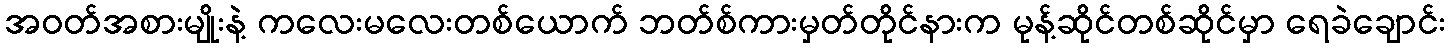
အဝတ်အစားမျိုးနဲ့ ကလေးမလေးတစ်ယောက် ဘတ်စ်ကားမှတ်တိုင်နားက မုန့်ဆိုင်တစ်ဆိုင်မှာ ရေခဲချောင်း